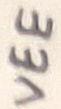
Text: VEE